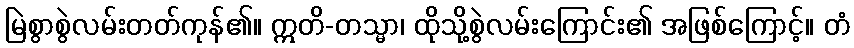
မြဲစွာစွဲလမ်းတတ်ကုန်၏။ ဣတိ-တသ္မာ၊ ထိုသို့စွဲလမ်းကြောင်း၏ အဖြစ်ကြောင့်။ တံ